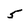
Character: 5